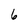
Character: 6